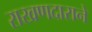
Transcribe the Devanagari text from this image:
राखणदाराने